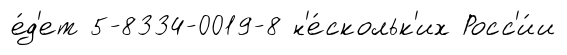
е́д'ет 5-8334-0019-8 н'е́скольк'их Росс'и́и